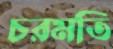
চরমতি